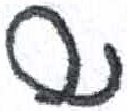
אות: ש